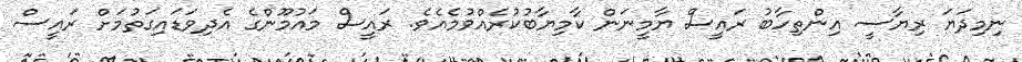
ނިމިދަޔަ ރިޔާސީ އިންތިހާބު ރައީސް ޔާމީނަން ކާމިޔާބުކުރެއްވުމެއެވެ. ރައީސް މައުމޫންގެ އެދިވަޑައިގަތުމަށް ރައީސް